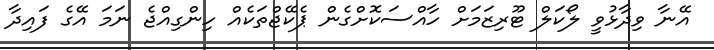
އޭނާ ވިދާޅުވީ ލޯކަލް ޓޫރިޒަމަށް ހާއްސަކޮށްގެން ޕެކޭޖްތަކެއް ހިންގިއްޖެ ނަމަ އޭގެ ފައިދާ